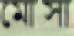
মোসা